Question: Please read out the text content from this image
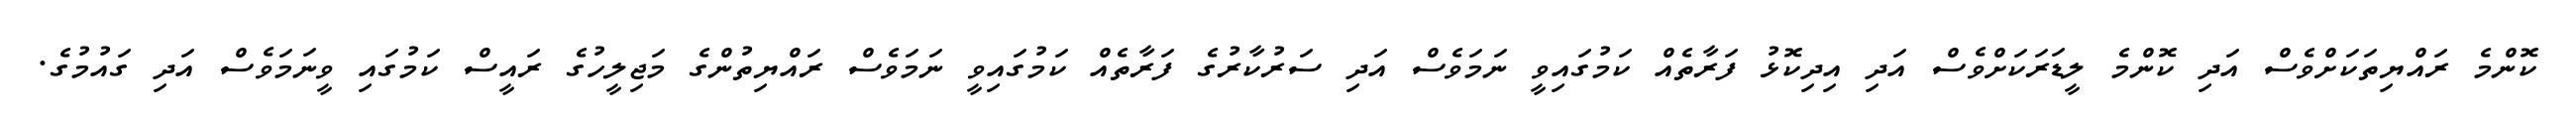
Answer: ކޮންމެ ރައްޔިތަކަށްވެސް އަދި ކޮންމެ ލީޑަރަކަށްވެސް އަދި އިދިކޮޅު ފަރާތެއް ކަމުގައިވީ ނަމަވެސް އަދި ސަރުކާރުގެ ފަރާތެއް ކަމުގައިވީ ނަމަވެސް ރައްޔިތުންގެ މަޖިލީހުގެ ރައީސް ކަމުގައި ވީނަމަވެސް އަދި ގައުމުގެ.